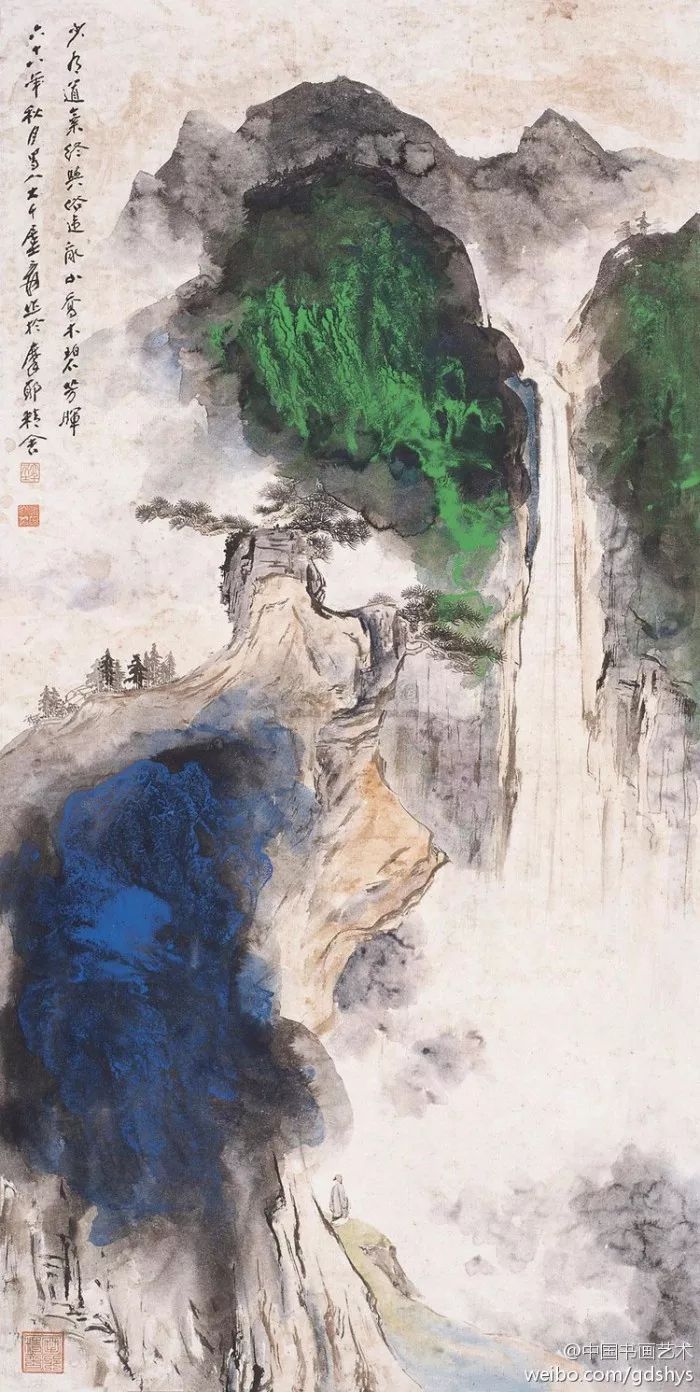
沅水通波接武冈，送君不觉有离伤。